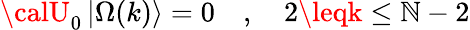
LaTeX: {\calU}_{0}\left|\Omega(k)\right\rangle=0\quad,\quad2\leqk\leq\mathbb{N}-2